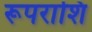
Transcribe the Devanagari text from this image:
रूपराशि